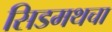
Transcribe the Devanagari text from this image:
सिडमथचा